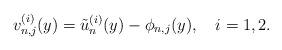
LaTeX: \begin{align*}v_{n,j}^{(i)}(y)=\tilde{u}_n^{(i)}(y)-\phi_{n,j}(y),\ \ \ i=1,2.\end{align*}